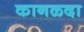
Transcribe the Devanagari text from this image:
कानळदा